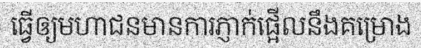
ធ្វើឲ្យមហាជនមានការភ្ញាក់ផ្អើលនឹងគម្រោង